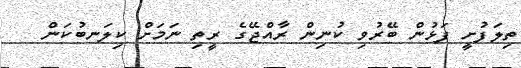
ތިލަފުށީ ފަޅުން ބޭރުވި ކުނިން ރާއްޖޭގެ ރީތި ނަމަށް ކިލަނބުކަން